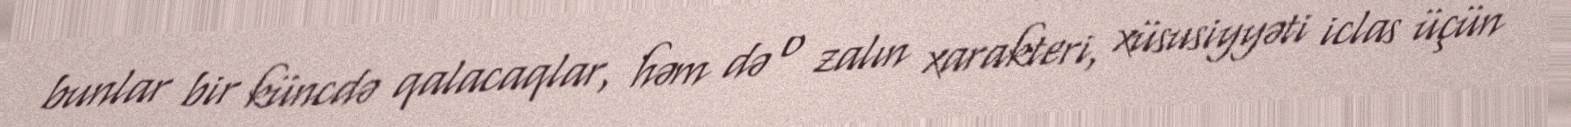
bunlar bir küncdə qalacaqlar, həm də o zalın xarakteri, xüsusiyyəti iclas üçün